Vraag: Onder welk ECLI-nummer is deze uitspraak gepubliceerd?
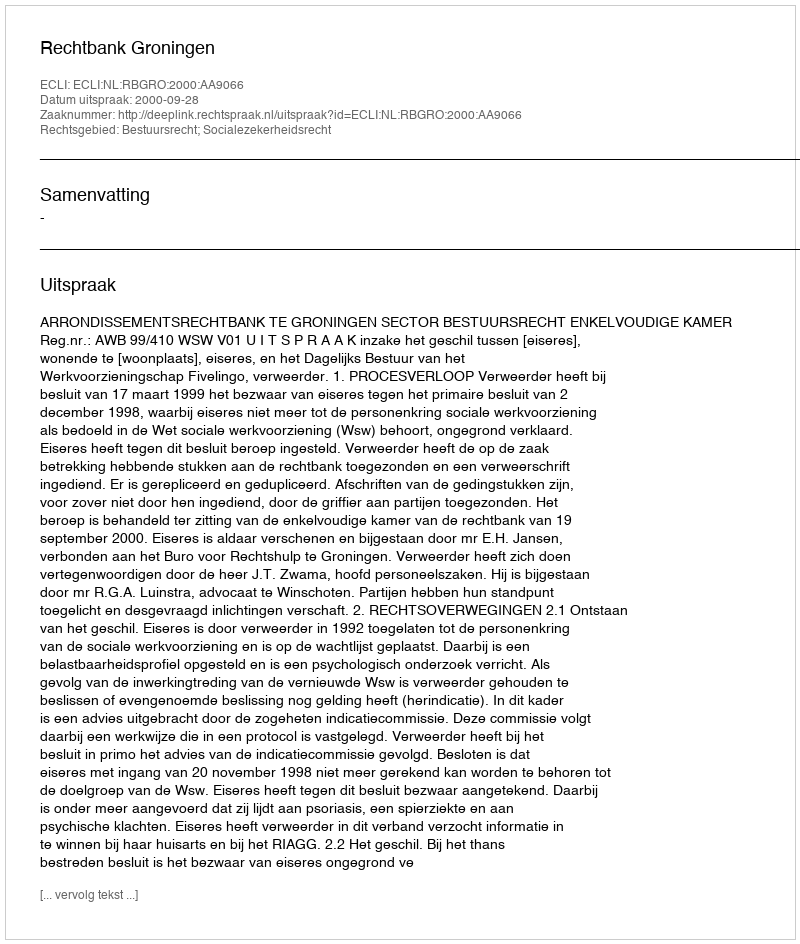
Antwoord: ECLI:NL:RBGRO:2000:AA9066